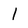
Character: l